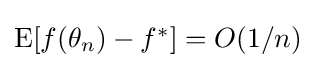
{\textstyle \operatorname {E} [f(\theta _{n})-f^{*}]=O(1/n)}